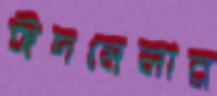
ঈদমেলার